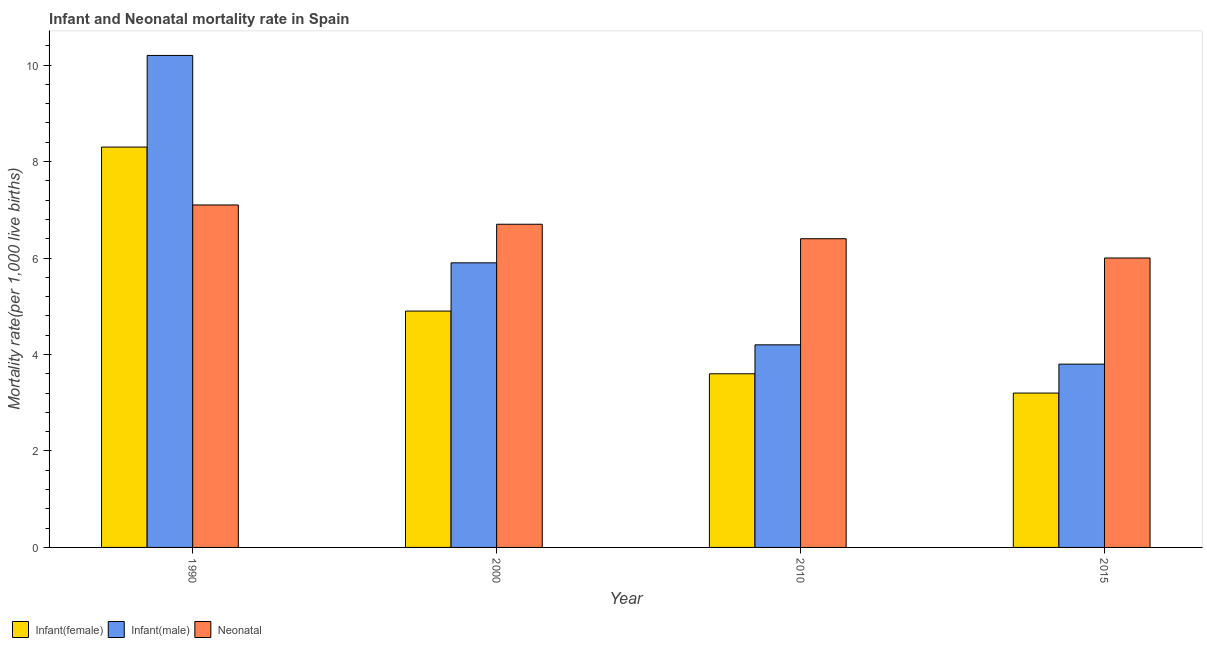
| Year | Infant(female) | Infant(male) | Neonatal  |
 | --- | --- | --- | --- |
 | 1990 | 8.3 | 10.2 | 7.1 |
 | 2000 | 4.9 | 5.9 | 6.7 |
 | 2010 | 3.6 | 4.2 | 6.4 |
 | 2015 | 3.2 | 3.8 | 6 |